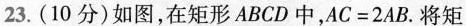
23.(10分)如图，在矩形ABCD中，$$A C = 2 A B$$.将矩